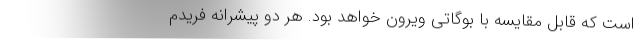
است که قابل مقایسه با بوگاتی ویرون خواهد بود. هر دو پیشرانه فریدم